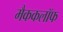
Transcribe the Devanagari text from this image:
मैककलॉफ